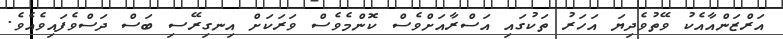
އަރްޒަންއާއެކު ވޭތުވެދިޔަ އަހަރު ތަކުގައި އަސްރާއަށްވެސް ކޮންމެވެސް ވަރަކަށް އިނގިރޭސި ބަސް ދަސްވެފައިވެއެވެ.